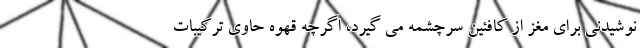
نوشیدنی برای مغز از کافئین سرچشمه می گیرد، اگرچه قهوه حاوی ترکیبات